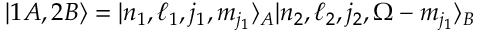
| 1 A , 2 B \rangle = | n _ { 1 } , \ell _ { 1 } , j _ { 1 } , m _ { j _ { 1 } } \rangle _ { A } | n _ { 2 } , \ell _ { 2 } , j _ { 2 } , \Omega - m _ { j _ { 1 } } \rangle _ { B }